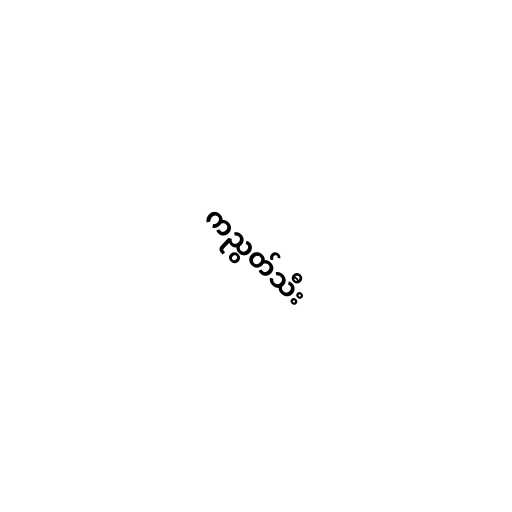
ကညွတ်သီး